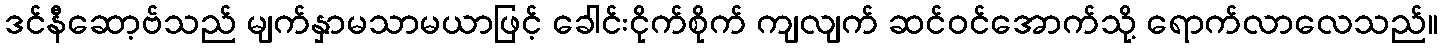
ဒင်နီဆော့ဗ်သည် မျက်နှာမသာမယာဖြင့် ခေါင်းငိုက်စိုက် ကျလျက် ဆင်ဝင်အောက်သို့ ရောက်လာလေသည်။